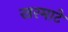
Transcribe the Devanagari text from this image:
खरमाटे